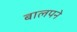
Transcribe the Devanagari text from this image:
बालपने